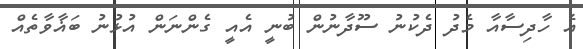
އެ ހާދިސާއާ މެދު ދެކުނު ސޫދާނުން ބުނީ އެއީ ގެންނަން އުޅުނު ބަޣާވާތެއް